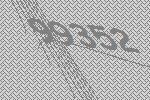
99352